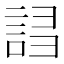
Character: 𧧠